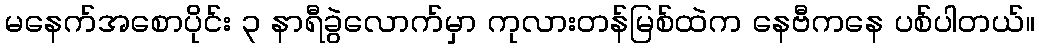
မနေက်အစောပိုင်း ၃ နာရီခွဲလောက်မှာ ကုလားတန်မြစ်ထဲက နေဗီကနေ ပစ်ပါတယ်။